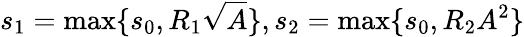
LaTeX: s_{1}=\operatorname*{max}\{ s_{0},R_{1}\sqrt{A}\} ,s_{2}=\operatorname*{max}\{ s_{0},R_{2}A^{2}\}